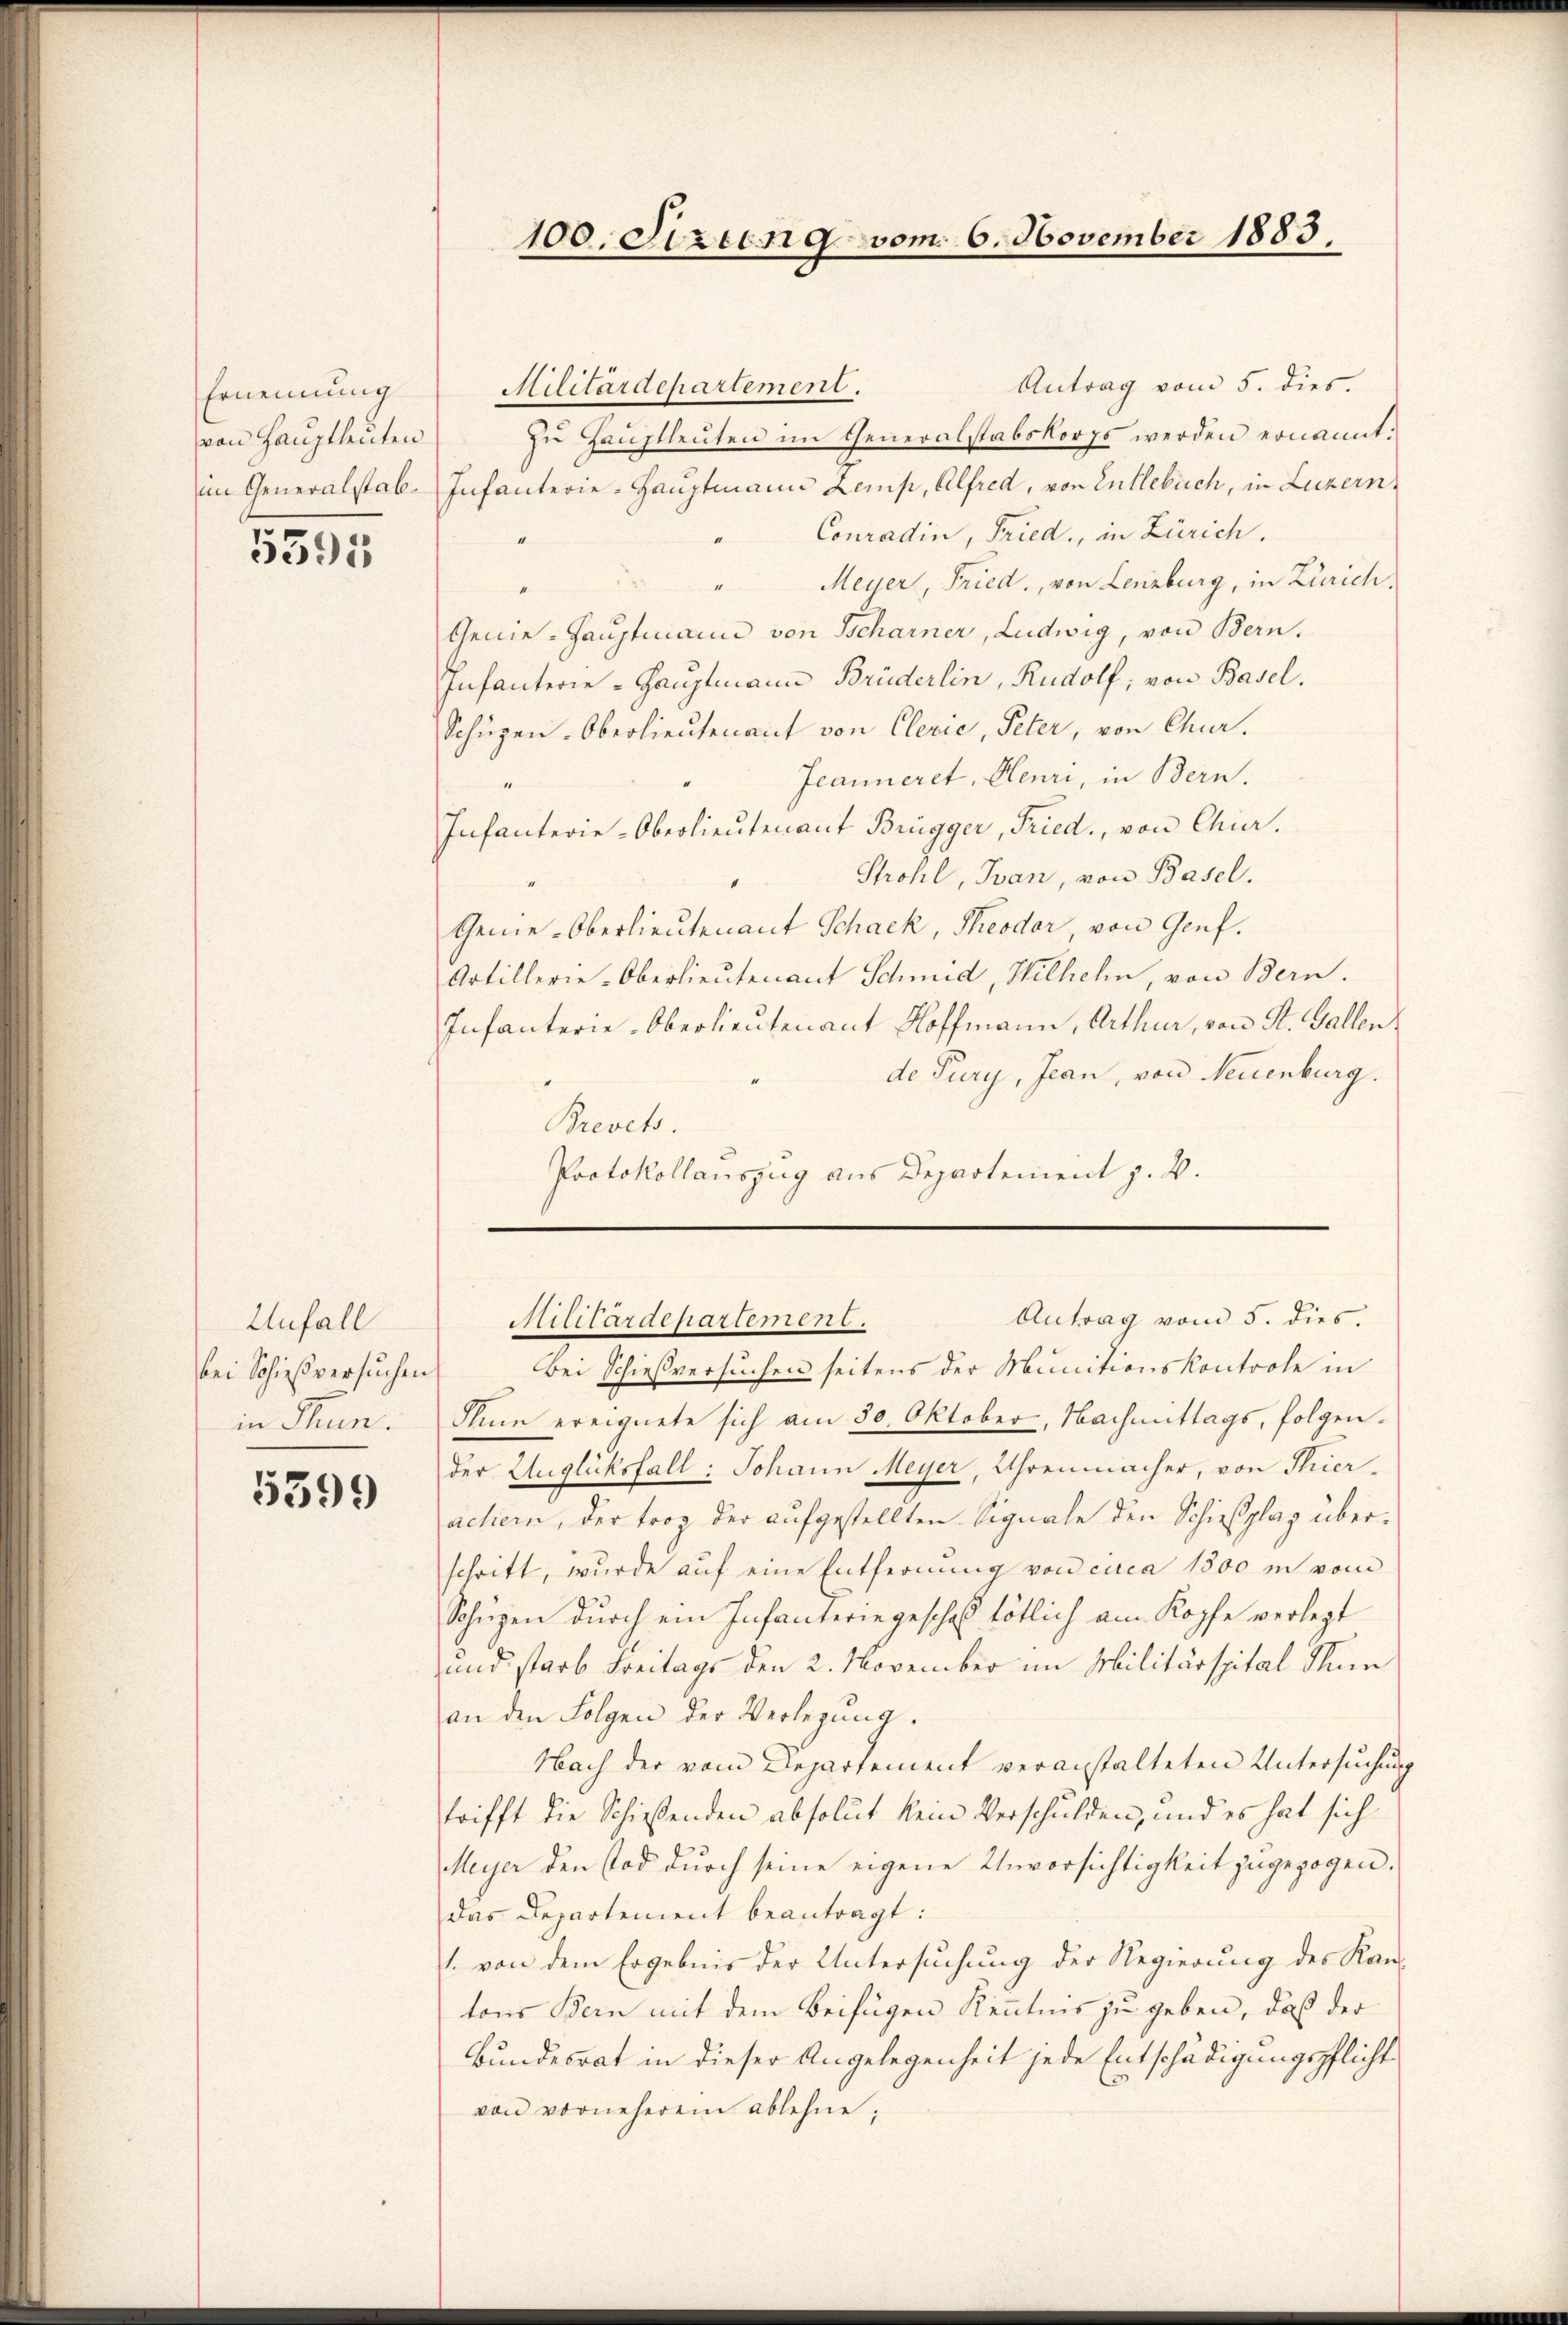
Ernennung
von Hauptleuten

5595

Unfall
bei Schießversuchen
in Thun.

5399

Antrag vom 5. dies.
Militärdepartement.
zŭ Haŭptleuten im Generalstabskorps werden ernannt:
im Generalstab. Infanterie-Hauptmann Lemp, Alfred, von Entlebuch, in Luzern,
Conradin, Fried, in Zürich.
Meyer, Fried, von Lenzburg, in Zürich,
Genie-Hauptmann von Scharner, Ludwig, von Bern.
Infanterie-Hauptmann Brüderlin, Rudolf, von Basel.
Schüpen-Oberlieutenant von Clerie, Peter, von Chur.
Jeanneret, Henri, in Bern.
Infanterie-Oberlieutenant Brügger, Fried., von Chier.
Strohl, Ivan, von Basel.
Genie-Oberlieutenant Schack, Theodor, von Genf.
Artillerie-Oberlieutenant Schmid, Wilhelm von Bern.
Infanterie-Oberlieutenant Hoffmann, Arthur, von St. Gallen.
de Pury, Jean, von Neuenburg.
Brevets.
Protokollauszug aus Departement z. B.

Bei Schießversuchen seitens der Munitionskontrole in
Sinn ereignete sich am 30. Oktober, Nachmittags, folgender Zuglücksfall: Johann Meyer, Uhrenmacher, von Thier-
achern, der trag der aufgestellten Signale den Schießplag überschritt, wurde auf eine Entfernung von circa 1500 in vom
Schüzen durch ein Infanteriegeschaf tötlich am Kopfe verlegt
und starb Freitags den 2. November im Militärspital Nam
an den Folgen der Verlegŭng.
Nach der vom Departement veranstalteten Untersuchung
trifft die Schießenden absolut kein Verschulden, und es hat sich
Meyer den Tod durch seine eigene Unvorsichtigkeit zugezogen.
das Departement beantragt:
1. von dem Ergebnis der Untersuchung der Regierung des Kantons Bern mit dem Beifügen Kenntnis zu geben, daß der
Bundesrat in dieser Angelegenheit jede Entschädigungspflicht
von vorneheren ablehne,

100. Sixting vom 6. November 1883.

Antrag vom 5. dies.
Militärdepartement.